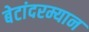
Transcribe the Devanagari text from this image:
बेटांदरम्यान